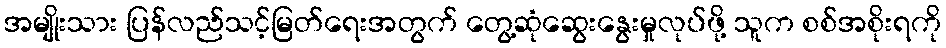
အမျိုးသား ပြန်လည်သင့်မြတ်ရေးအတွက် တွေ့ဆုံဆွေးနွေးမှုလုပ်ဖို့ သူက စစ်အစိုးရကို